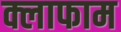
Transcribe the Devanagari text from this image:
क्लाफाम